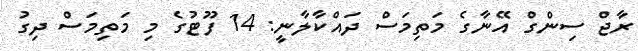
ރާޖް ސިންގް އޭނާގެ މަތިމަސް ދައްކާލާނީ: 14 ފޫޓުގެ މި މަތިމަސް ދިގު